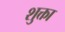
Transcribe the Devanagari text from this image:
शुक्ता